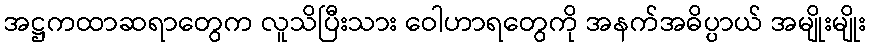
အဋ္ဌကထာဆရာတွေက လူသိပြီးသား ဝေါဟာရတွေကို အနက်အဓိပ္ပာယ် အမျိုးမျိုး